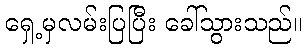
ရှေ့မှလမ်းပြပြီး ခေါ်သွားသည်။